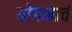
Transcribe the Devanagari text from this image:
योगमार्च